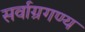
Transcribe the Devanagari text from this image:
सर्वाग्रगण्य